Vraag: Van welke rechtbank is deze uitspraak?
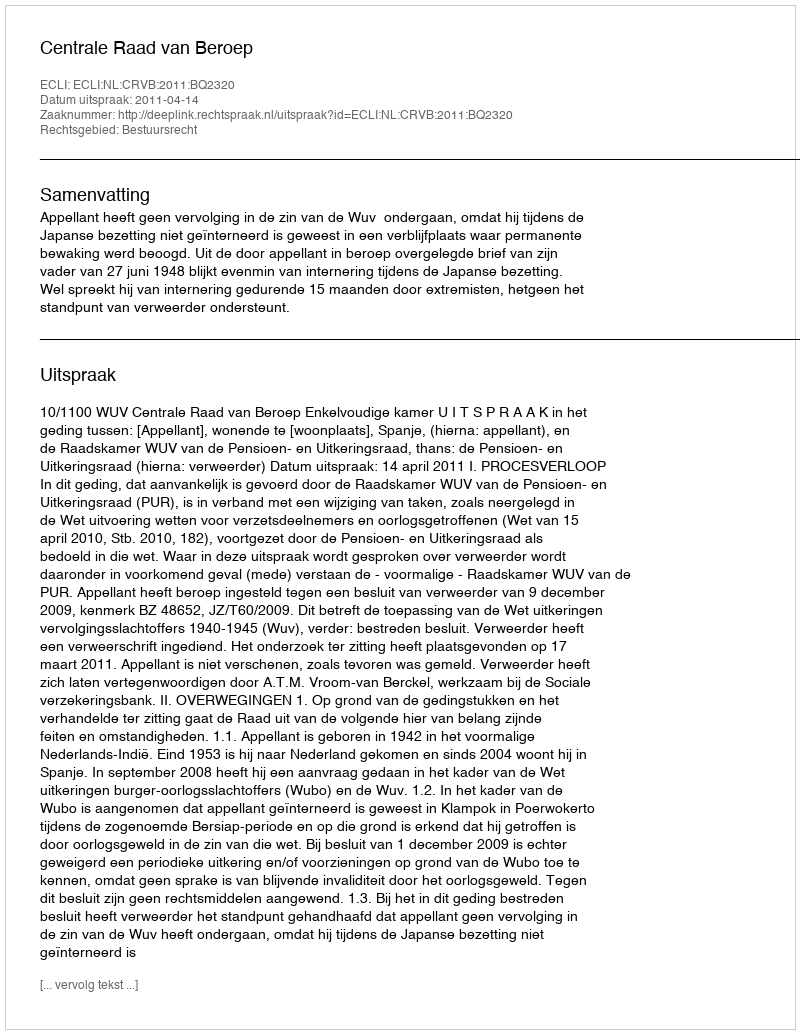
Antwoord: Centrale Raad van Beroep